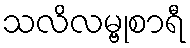
သလိလမ္ဗုစာရီ